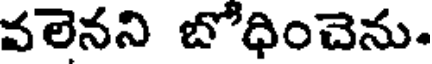
వలెనని బోధించెను.